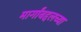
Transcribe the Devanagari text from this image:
मार्गांबद्दलच्या